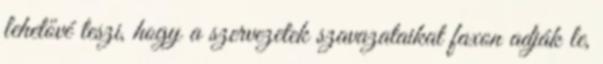
lehetővé teszi, hogy a szervezetek szavazataikat faxon adják le,